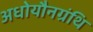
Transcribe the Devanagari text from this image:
अधोयौनग्रंथि